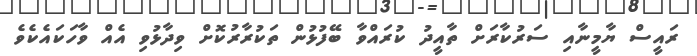
ރައީސް ޔާމީނާއި ސަރުކާރަށް ތާއީދު ކުރައްވާ ބޭފުޅުން ތަކުރާރުކޮށް ވިދާޅުވި އެއް ވާހަކައެކެވެ